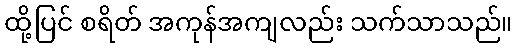
ထို့ပြင် စရိတ် အကုန်အကျလည်း သက်သာသည်။